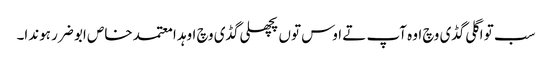
سب تو اگلی گڈی وچ اوہ آپ تے اوس توں پچھلی گڈی وچ اوہد ا معتمد خاص ابو ضرر ہوندا۔